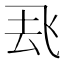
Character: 𮨶